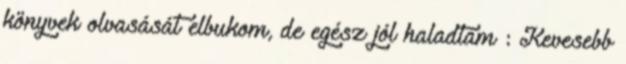
könyvek olvasását elbukom, de egész jól haladtam : Kevesebb